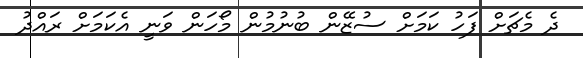
ދެ މެޗަށް ފަހު ކަމަށް ސުޒޭން ބުނުމުން މޯހަން ވަނީ އެކަމަށް ރައްދު